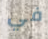
في